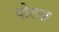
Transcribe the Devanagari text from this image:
पोटस